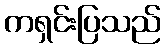
ကရှင်းပြသည်